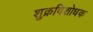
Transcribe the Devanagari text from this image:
शुक्रविशोधक